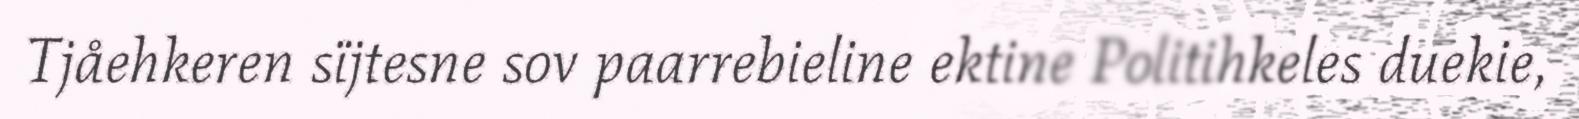
Tjåehkeren sïjtesne sov paarrebieline ektine Politihkeles duekie,